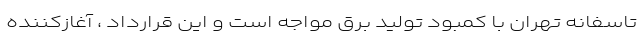
تاسفانه تهران با کمبود تولید برق مواجه است و این قرارداد ، آغازکننده